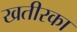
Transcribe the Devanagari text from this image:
खतीरका